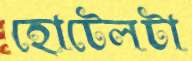
হোটেলটা